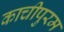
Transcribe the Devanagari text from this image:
काचीपुरम